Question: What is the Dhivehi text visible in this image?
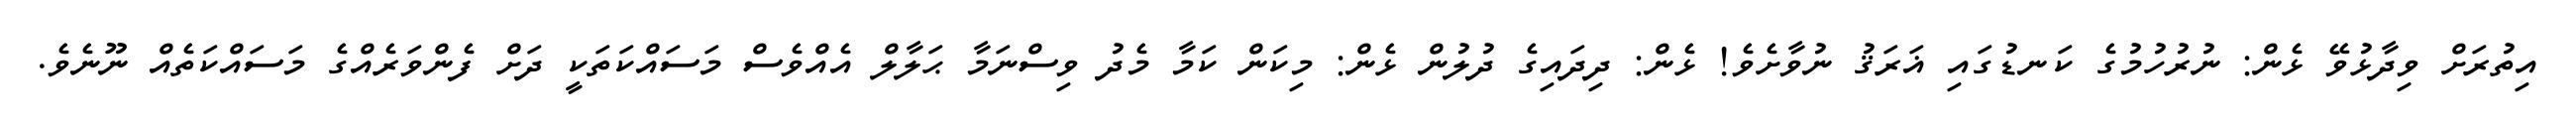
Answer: އިތުރަށް ވިދާޅުވޭ ޅެން: ނުރުހުމުގެ ކަނޑުގައި ޣަރަޤު ނުވާށެވެ! ޅެން: ދިދައިގެ ދުލުން ޅެން: މިކަން ކަމާ މެދު ވިސްނަމާ ޙަލާލް އެއްވެސް މަސައްކަތަކީ ދަށް ފެންވަރެއްގެ މަސައްކަތެއް ނޫނެވެ.